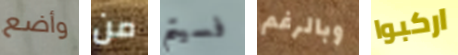
وأضع من فسيتم وبالرغم اركبوا